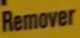
Remover